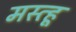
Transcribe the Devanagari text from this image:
मस्त्हू